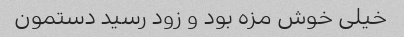
خیلی خوش مزه بود و زود رسید دستمون